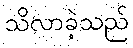
သိလာခဲ့သည်